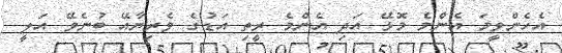
އެހެންވީމަ އެންމެ މޮޅޭ އަދި އެންމެ ރީތި އަޑުގެ ވެރިޔާއޭ ބުނެވޭ އަލީ